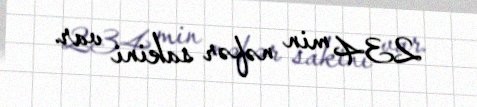
234 min nəfər sakini var.